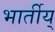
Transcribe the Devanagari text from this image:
भार्तीय्